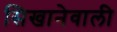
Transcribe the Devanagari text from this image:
सिखानेवाली